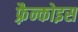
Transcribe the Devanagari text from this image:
फ़्रैन्कोइस